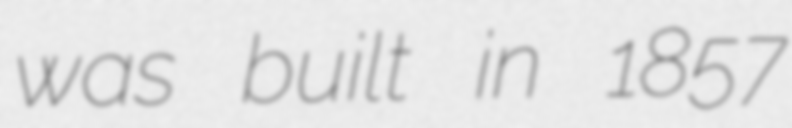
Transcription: was built in 1857